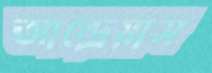
আন্দ্রেয়াস